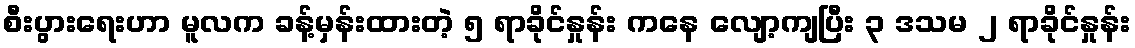
စီးပွားရေးဟာ မူလက ခန့်မှန်းထားတဲ့ ၅ ရာခိုင်နှုန်း ကနေ လျော့ကျပြီး ၃ ဒသမ ၂ ရာခိုင်နှုန်း